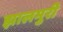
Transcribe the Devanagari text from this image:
झालमुरी